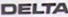
DELTA